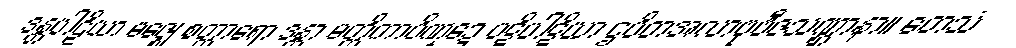
ဒန္တပါဠိယာ မဇ္ဈေ စတ္တာရော ဒန္တာ မတ္တိကာပိဏ္ဍေ ပဋိပါဋိယာ ဌပိတအလာဗုဗီဇသဏ္ဌာနာ။ တေသံ